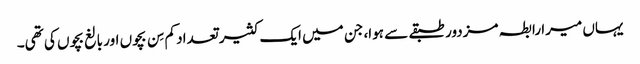
یہاں میرا رابطہ مزدور طبقے سے ہوا، جن میں ایک کثیر تعداد کم سِن بچوں اور بالغ بچوں کی تھی۔